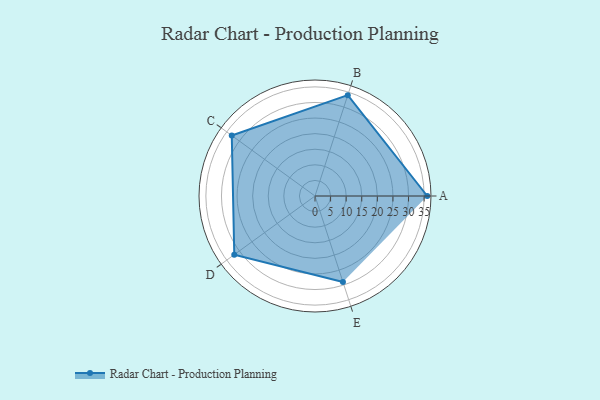
{"axis": {"x": "Skill", "y": "Score"}, "legend": ["Profile"], "data": [{"x": "A", "y": 36.0, "type": "Profile"}, {"x": "B", "y": 34.0, "type": "Profile"}, {"x": "C", "y": 33.0, "type": "Profile"}, {"x": "D", "y": 32.0, "type": "Profile"}, {"x": "E", "y": 29.0, "type": "Profile"}]}